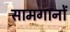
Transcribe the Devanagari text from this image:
सामगानों